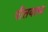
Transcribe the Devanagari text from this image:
पीतवासा